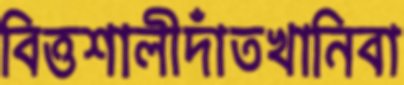
বিত্তশালীদাঁতখানিবা